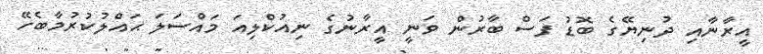
އީރާނާއި ދުނިޔޭގެ ބޮޑު ފަސް ބާރުން ވަނީ އީރާނުގެ ނިއުކްލިއަ މައްސަލަ ޙައްލުކުރުމާބެހޭ